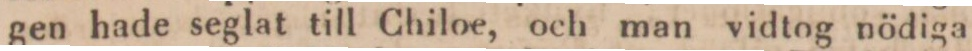
gen hade seglat till Chiloe, och man vidtog nödiga